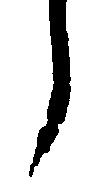
う